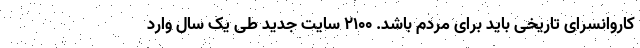
کاروانسرای تاریخی باید برای مردم باشد. ۲۱۰۰ سایت جدید طی یک سال وارد